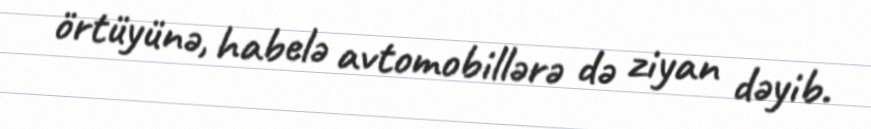
örtüyünə, habelə avtomobillərə də ziyan dəyib.